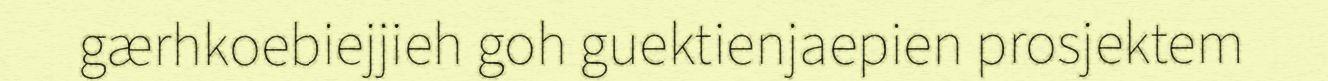
gærhkoebiejjieh goh guektienjaepien prosjektem